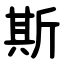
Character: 斯